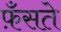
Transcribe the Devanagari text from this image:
फ़ँसते